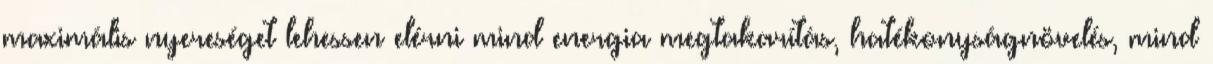
maximális nyereséget lehessen elérni mind energia megtakarítás, hatékonyságnövelés, mind